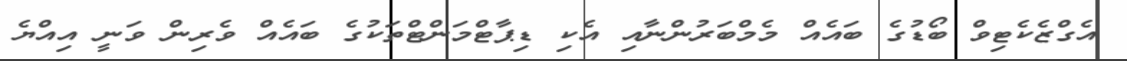
އެގްޒެކެޓިވް ބޯޑުގެ ބައެއް މެމްބަރުންނާއި އެކި ޑިޕާޓްމަންޓްތަކުގެ ބައެއް ވެރިން ވަނީ އިއްޔެ